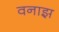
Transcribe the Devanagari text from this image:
वनाझ